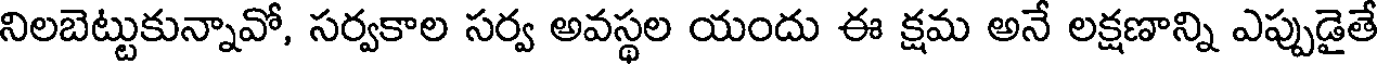
నిలబెట్టుకున్నావో, సర్వకాల సర్వ అవస్థల యందు ఈ క్షమ అనే లక్షణాన్ని ఎప్పుడైతే